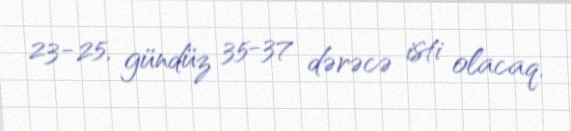
23-25, gündüz 35-37 dərəcə isti olacaq.